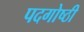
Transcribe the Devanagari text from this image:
पदगोष्ठी